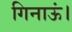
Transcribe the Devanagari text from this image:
गिनाऊं।